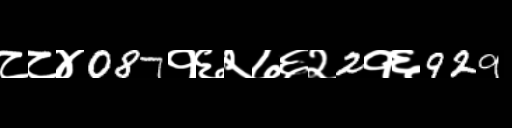
Text: ८८४087१६२७६२2१६929